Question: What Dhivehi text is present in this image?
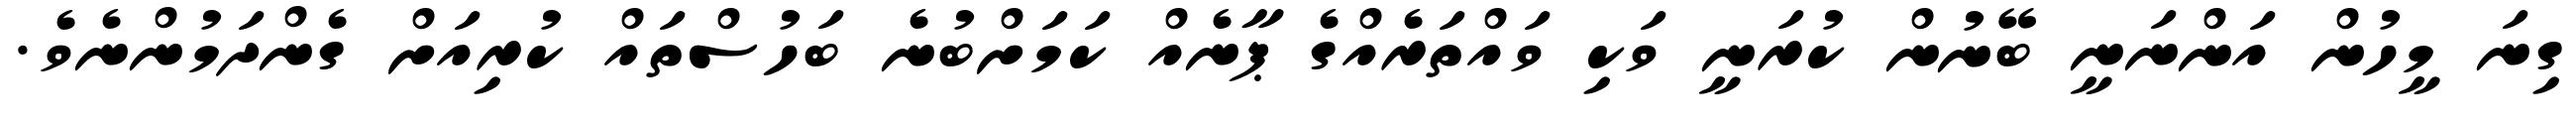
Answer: ގިނަ މީހުން އަންނަނީ ބޭނުން ކުރަނީ ވަކި ވައްތަރެއްގެ ޕާނެއް ކަމަށްބުނެ ބަހުސްތައް ކުރިއަށް ގެންދަމުންނެވެ.